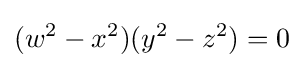
\displaystyle (w^{2}-x^{2})(y^{2}-z^{2})=0